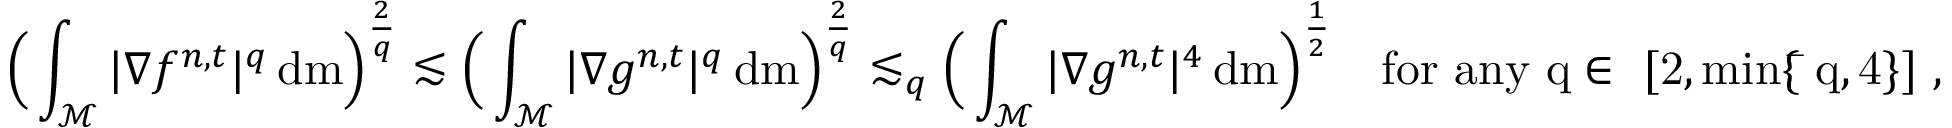
\Big ( \int _ { \mathcal { M } } \vert \nabla f ^ { n , t } \vert ^ { q } \, \mathrm { d } \mathrm { m } \Big ) ^ { \frac { 2 } { q } } \lesssim \Big ( \int _ { \mathcal { M } } \vert \nabla g ^ { n , t } \vert ^ { q } \, \mathrm { d } \mathrm { m } \Big ) ^ { \frac { 2 } { q } } \lesssim _ { q } \Big ( \int _ { \mathcal { M } } \vert \nabla g ^ { n , t } \vert ^ { 4 } \, \mathrm { d } \mathrm { m } \Big ) ^ { \frac { 1 } { 2 } } \quad \mathrm { f o r ~ a n y ~ q \in ~ [ 2 , \operatorname* { m i n } \{ \bar { ~ } q , 4 \} ] ~ , }